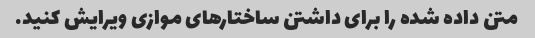
متن داده شده را برای داشتن ساختارهای موازی ویرایش کنید.